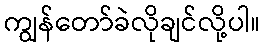
ကျွန်တော်ခဲလိုချင်လို့ပါ။